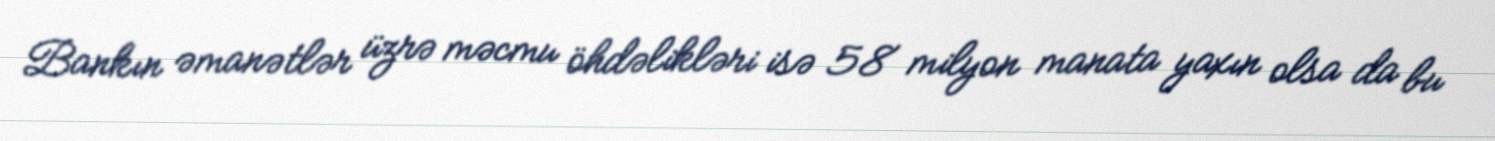
Bankın əmanətlər üzrə məcmu öhdəlikləri isə 58 milyon manata yaxın olsa da bu